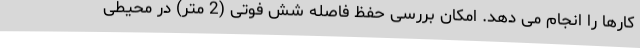
کارها را انجام می دهد. امکان بررسی حفظ فاصله شش فوتی (2 متر) در محیطی